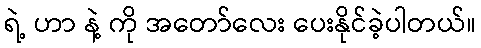
ရဲ့ ဟာ နဲ့ ကို အတော်လေး ပေးနိုင်ခဲ့ပါတယ်။